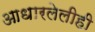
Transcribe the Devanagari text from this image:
आधारलेलीही